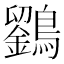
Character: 𪆱